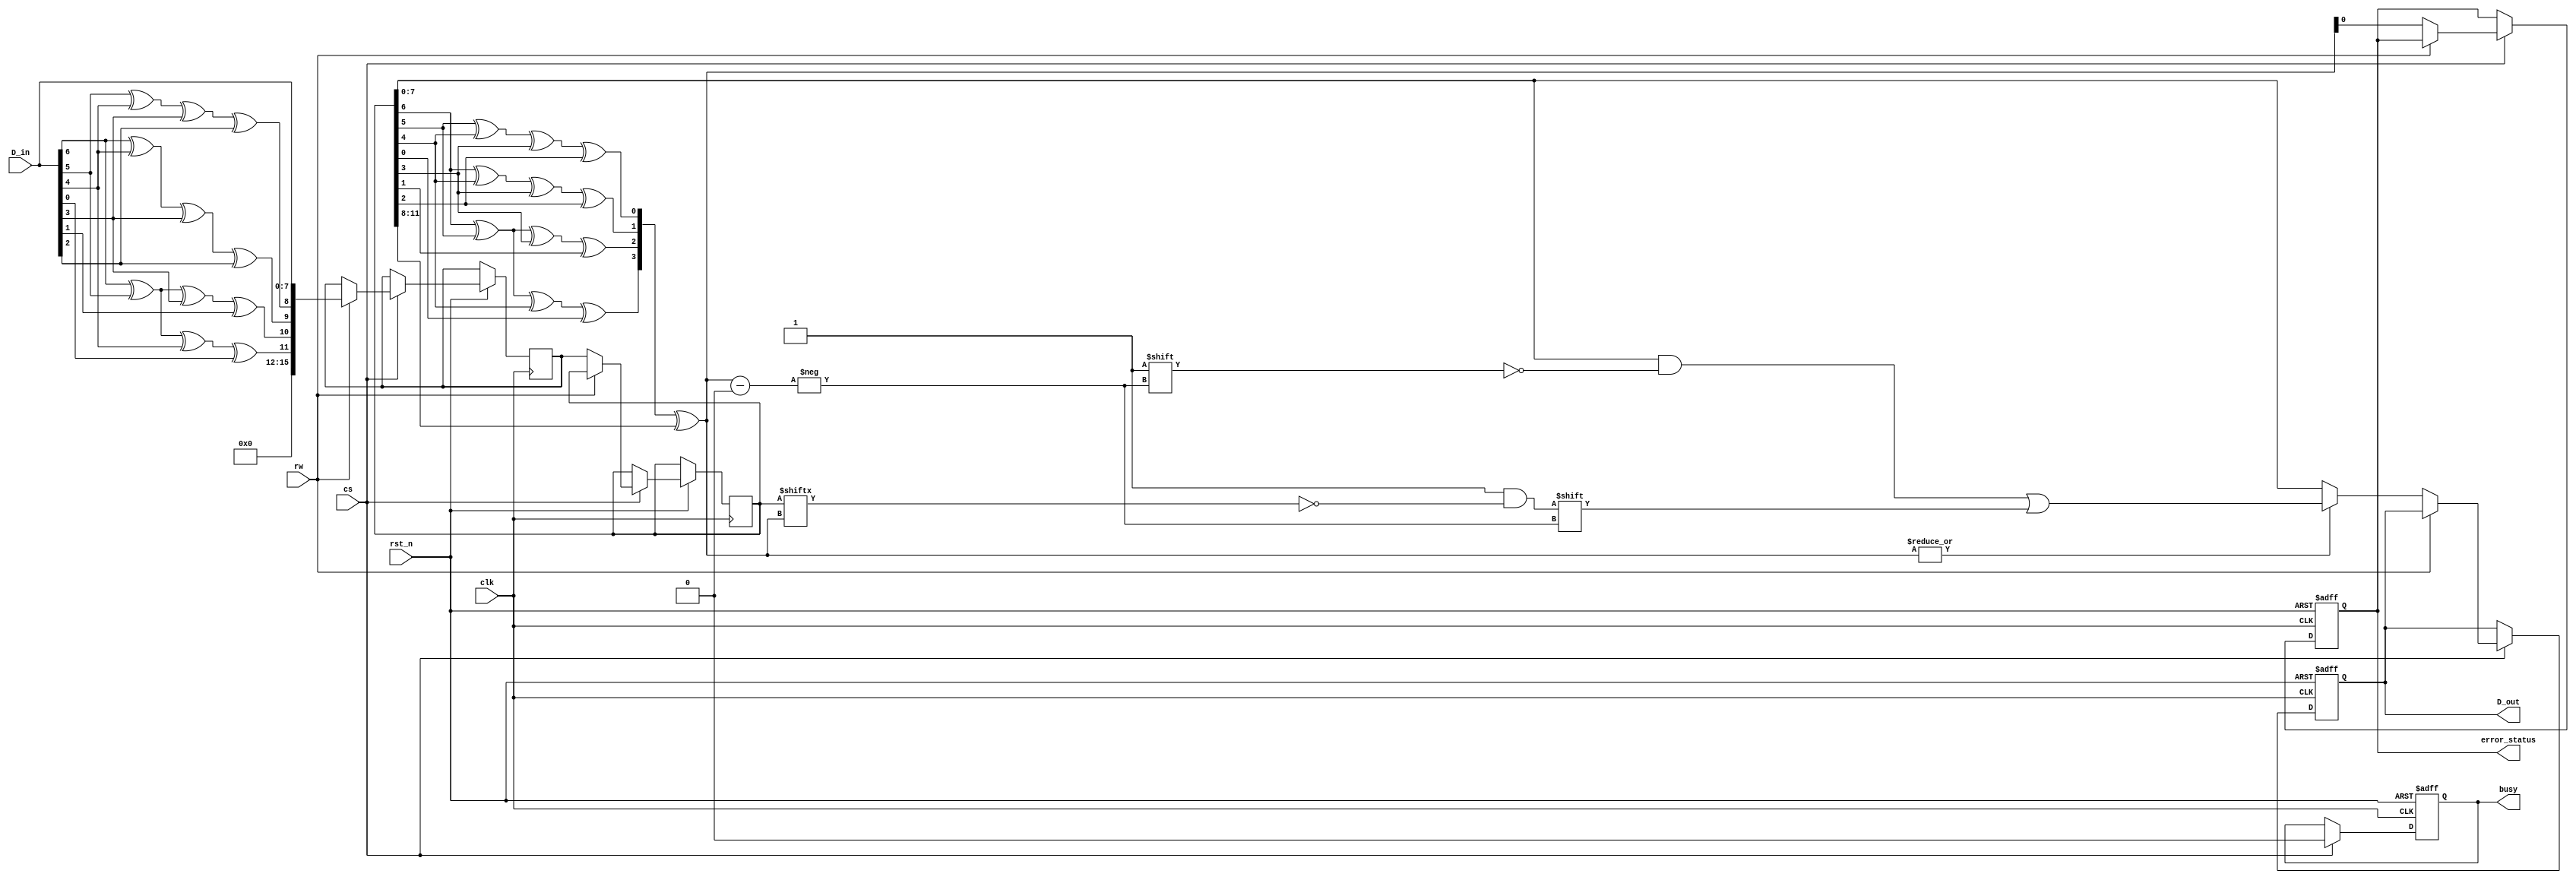
module ecc_dram_io_block (
    input wire clk,                // System clock
    input wire rst_n,              // Active low reset
    input wire cs,                 // Chip select
    input wire rw,                 // Read/Write control (1 for write, 0 for read)
    input wire [7:0] D_in,         // Input data lines (8 bits)
    output reg [7:0] D_out,        // Output data lines (8 bits)
    output reg busy,               // Busy signal
    output reg error_status        // Error status signal
);

    reg [15:0] data_buffer;        // Buffer for incoming data + ECC
    reg [15:0] output_buffer;      // Buffer for outgoing data + ECC
    reg [3:0] ecc;                 // ECC bits (4 bits for 8 data bits)
    reg error_flag;                // Error detection flag

    // ECC Encoding (Hamming Code)
    function [3:0] ecc_encode(input [7:0] data);
        // Hamming (8,4) encoding example
        ecc_encode = {data[6] ^ data[5] ^ data[4] ^ data[0],
                       data[6] ^ data[5] ^ data[3] ^ data[1],
                       data[6] ^ data[4] ^ data[3] ^ data[2],
                       data[5] ^ data[4] ^ data[3] ^ data[2]};
    endfunction

    // ECC Decoding and Error Correction
    function [7:0] ecc_decode(input [15:0] data_with_ecc, output reg [3:0] detected_error);
        // Simple error detection (single-bit correction)
        wire [3:0] calculated_ecc;
        calculated_ecc = ecc_encode(data_with_ecc[7:0]); // Recalculate ECC from data
        
        detected_error = calculated_ecc ^ data_with_ecc[15:8]; // Compare calculated and received ECC
        
        // Correct single-bit error if detected
        if (|detected_error) begin
            data_with_ecc[detected_error] = ~data_with_ecc[detected_error]; // Flip the erroneous bit
            error_flag = 1; // Set error flag
        end else begin
            error_flag = 0; // Clear error flag
        end
        
        ecc_decode = data_with_ecc[7:0]; // Return corrected data
    endfunction

    // Main I/O Block Logic
    always @(posedge clk or negedge rst_n) begin
        if (!rst_n) begin
            busy <= 0;
            D_out <= 0;
            error_status <= 0;
        end else if (cs) begin
            busy <= 1; // Indicate busy state
            if (rw) begin
                // Write Operation
                ecc = ecc_encode(D_in); // Generate ECC
                data_buffer <= {ecc, D_in}; // Store data and ECC
            end else begin
                // Read Operation
                output_buffer <= data_buffer; // Read data + ECC
                D_out <= ecc_decode(output_buffer, error_status); // Decode and correct
            end
            busy <= 0; // Clear busy state
        end
    end

endmodule